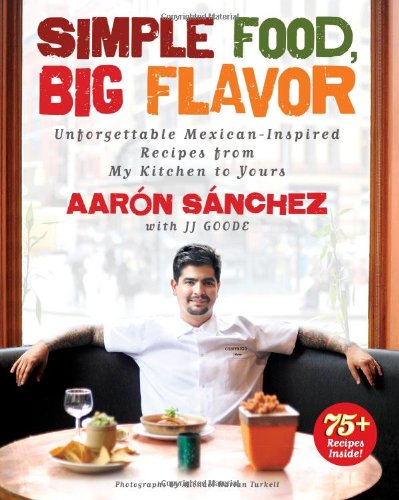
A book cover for Simple Food, Big Flavor: Unforgettable Mexican-Inspired Recipes from My Kitchen to Yours; Aaron Sanchez; Cookbooks, Food & Wine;